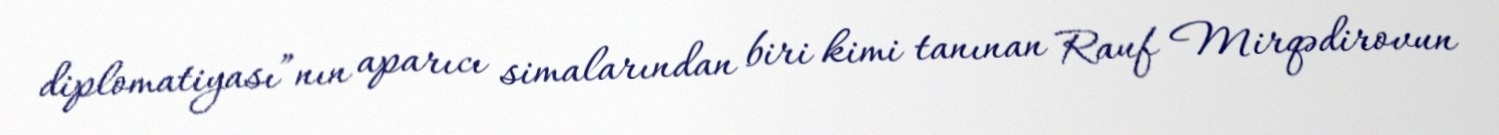
diplomatiyası”nın aparıcı simalarından biri kimi tanınan Rauf Mirqədirovun